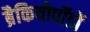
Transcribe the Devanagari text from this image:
ब्रैकियोपॉडों